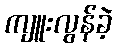
ကျူးလွန်ခဲ့